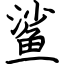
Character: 鲨